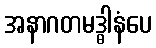
အနာဂတမဒ္ဓါနံပေ